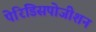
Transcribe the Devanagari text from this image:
पेरिडिसपोजीशन